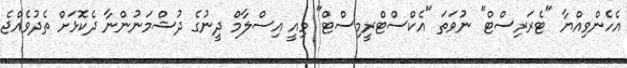
އެހެންވިއްޔާ "ޓެރަރިސްޓް" ނުވަތަ "އެކްސްޓްރީމިސްޓް" މިއީ އިސްލާމް ދީނުގެ ދުޝްމަނުންނާ ދެކޮޅަށް ތެދުވެއްޖެ